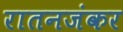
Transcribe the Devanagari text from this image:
रातनजंकर